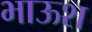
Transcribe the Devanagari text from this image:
भाऊश